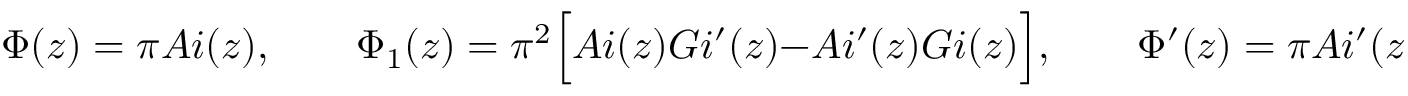
\Phi ( z ) = \pi A i ( z ) , \qquad \Phi _ { 1 } ( z ) = \pi ^ { 2 } \Bigl [ A i ( z ) G i ^ { \prime } ( z ) - A i ^ { \prime } ( z ) G i ( z ) \Bigr ] , \qquad \Phi ^ { \prime } ( z ) = \pi A i ^ { \prime } ( z )